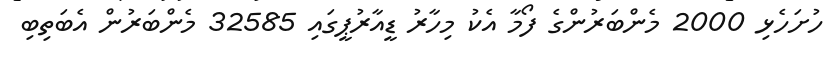
ހުށަހެޅި 2000 މެންބަރުންގެ ފޯމާ އެކު މިހާރު ޑީއާރުޕީގައި 32585 މެންބަރުން އެބަތިބި